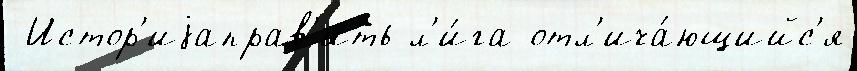
 Истор'иjаправ'ить л'и́га отл'ича́ющийс'я